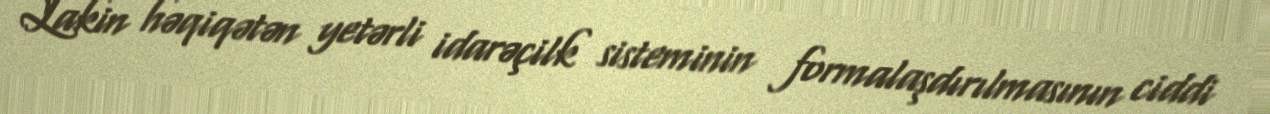
Lakin həqiqətən yetərli idarəçilk sisteminin formalaşdırılmasının ciddi